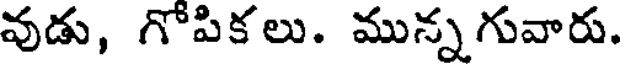
వుడు, గోపికలు. మున్నగువారు.